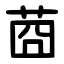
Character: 莔